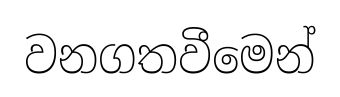
වනගතවීමෙන්